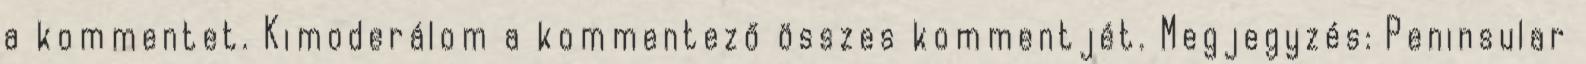
a kommentet. Kimoderálom a kommentező összes kommentjét. Megjegyzés: Peninsular